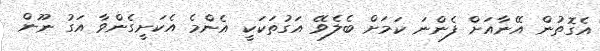
އެގޮތުން އޭނާއަށް ފެންނަ ކަމަށް ބެލެވޭ އަގުތަކަކީ އެންމެ އެކަށީގެންވާ އަގު ނޫން